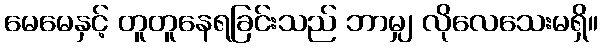
မေမေနှင့် တူတူနေရခြင်းသည် ဘာမျှ လိုလေသေးမရှိ။